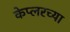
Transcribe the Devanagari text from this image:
केप्लरच्या